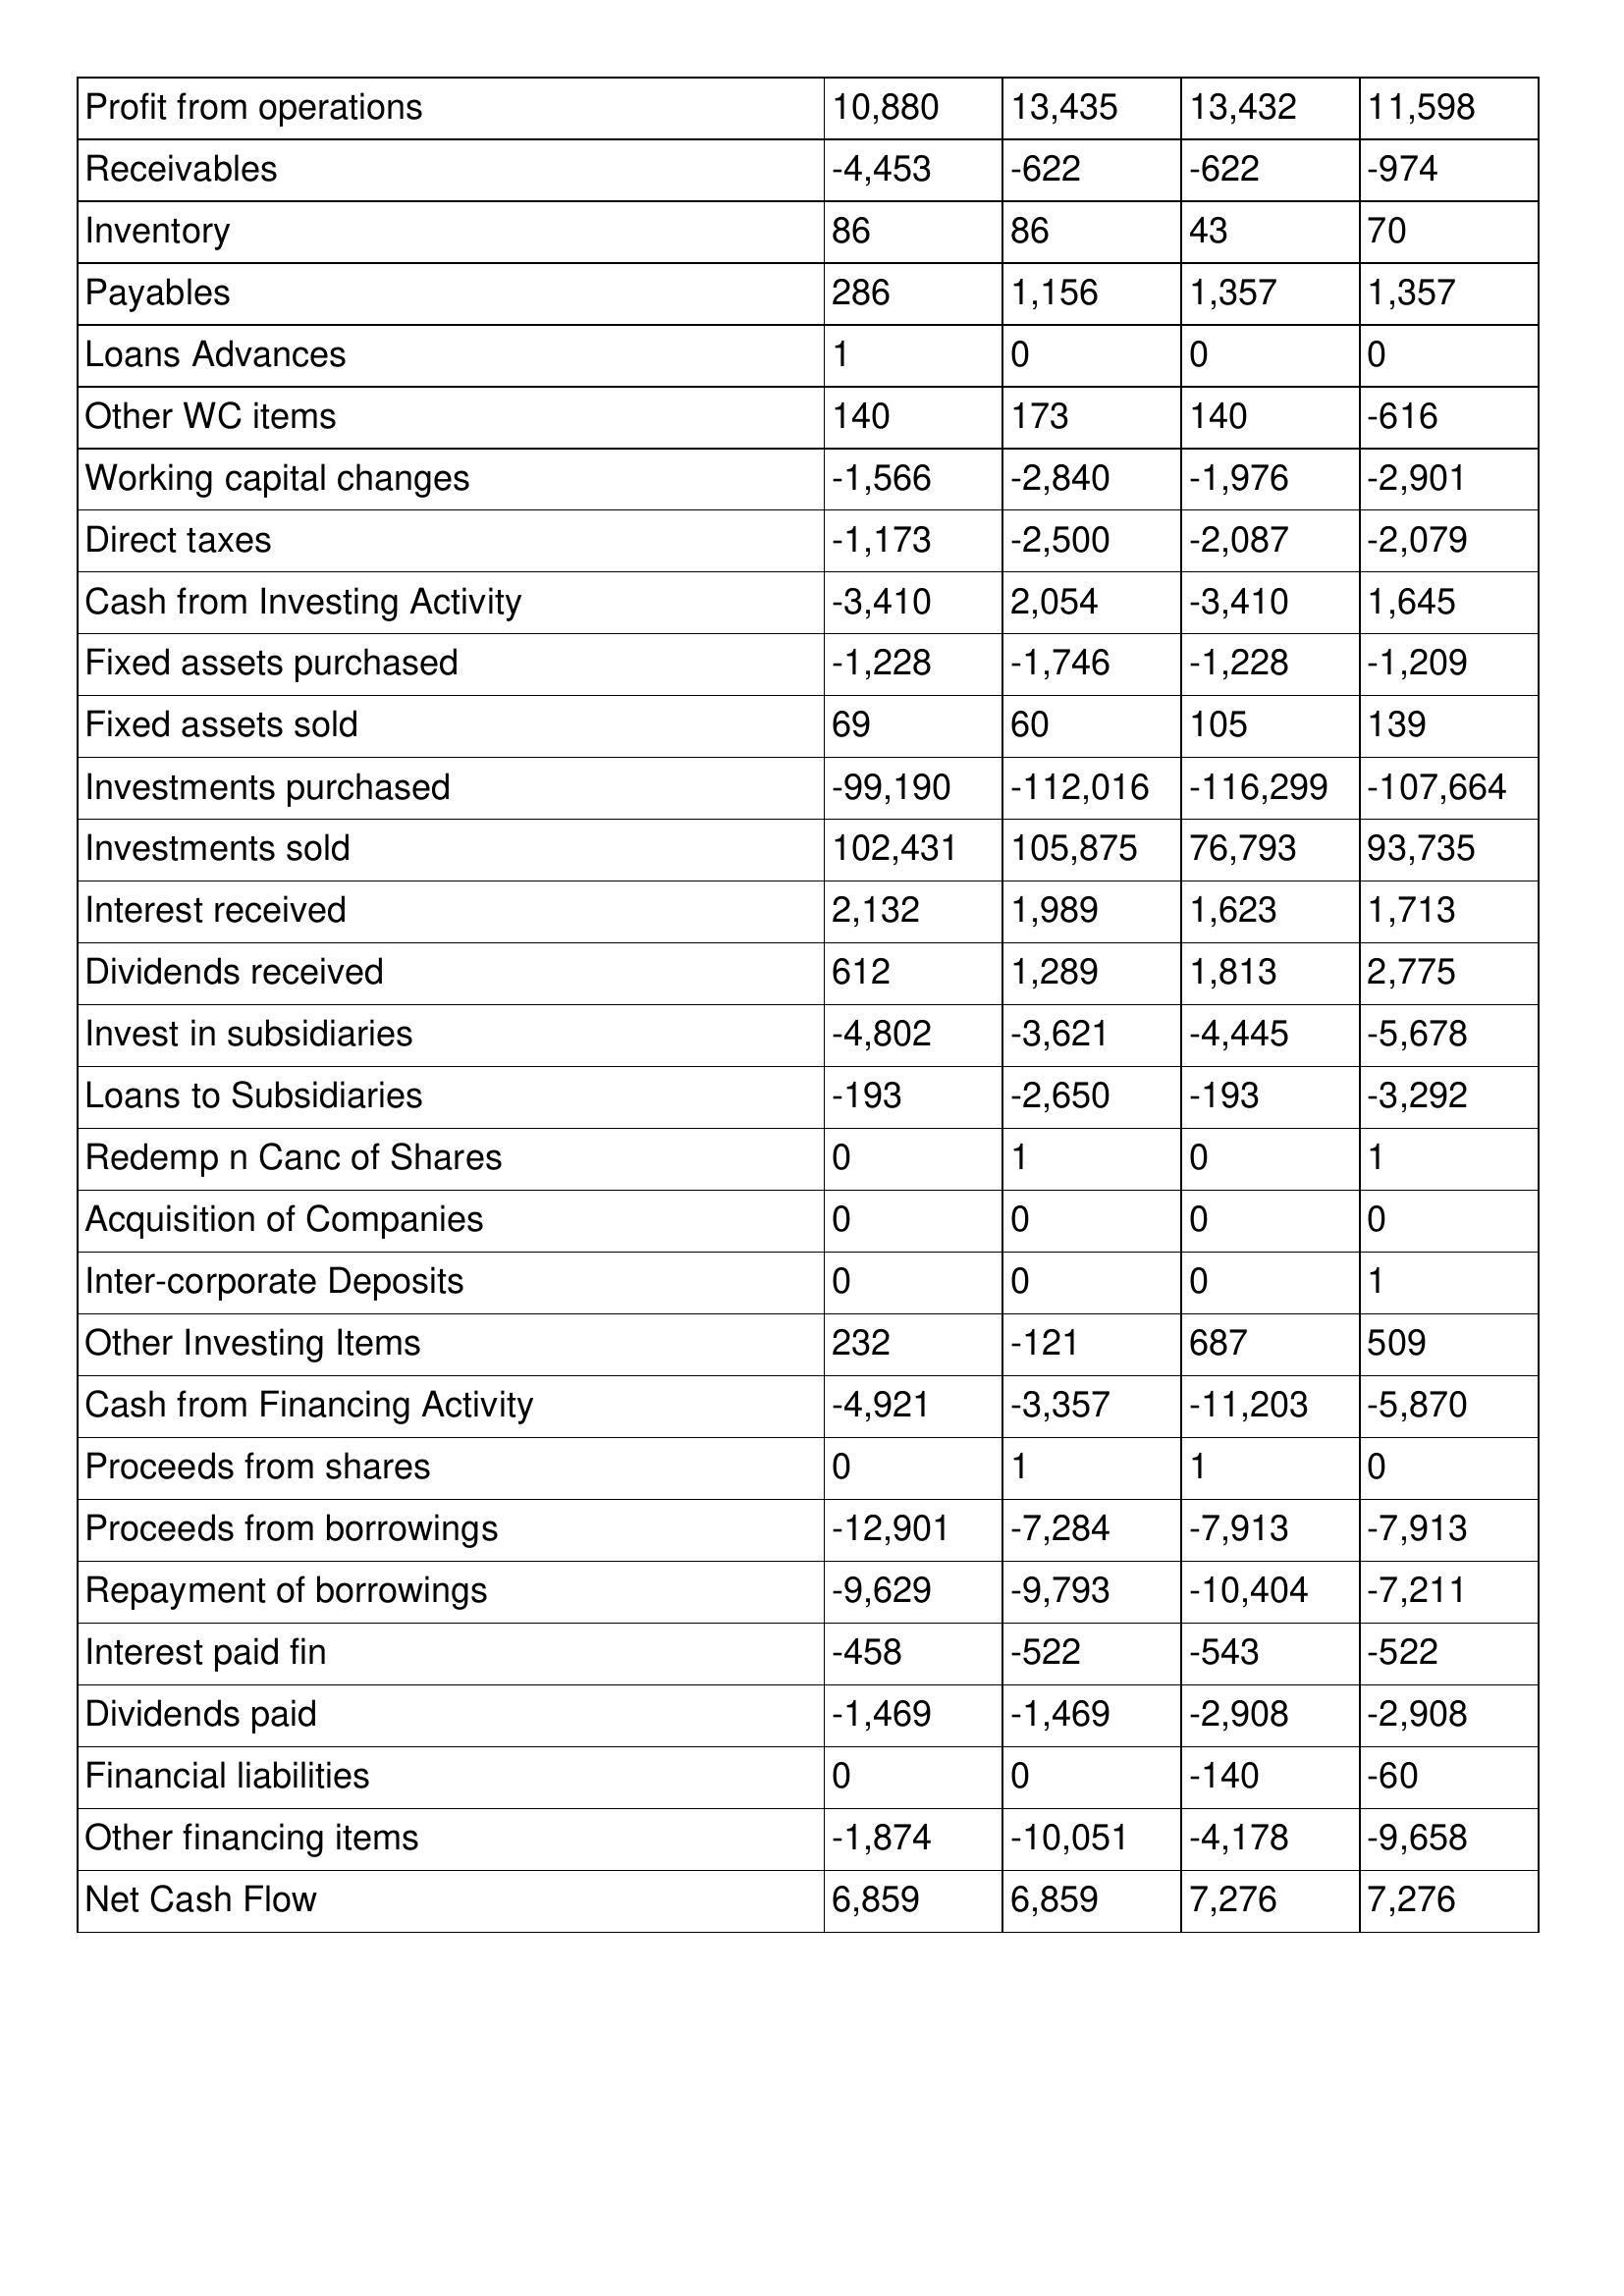
gt_parse: 2001: Cash Flows: Profit from operations: 10,880
Receivables: -4,453
Inventory: 86
Payables: 286
Loans Advances: 1
Other WC items: 140
Working capital changes: -1,566
Direct taxes: -1,173
Cash from Investing Activity: -3,410
Fixed assets purchased: -1,228
Fixed assets sold: 69
Investments purchased: -99,190
Investments sold: 102,431
Interest received: 2,132
Dividends received: 612
Invest in subsidiaries: -4,802
Loans to Subsidiaries: -193
Redemp n Canc of Shares: 0
Acquisition of Companies: 0
Inter-corporate Deposits: 0
Other Investing Items: 232
Cash from Financing Activity: -4,921
Proceeds from shares: 0
Proceeds from borrowings: -12,901
Repayment of borrowings: -9,629
Interest paid fin: -458
Dividends paid: -1,469
Financial liabilities: 0
Other financing items: -1,874
Net Cash Flow: 6,859
2000: Cash Flows: Profit from operations: 13,435
Receivables: -622
Inventory: 86
Payables: 1,156
Loans Advances: 0
Other WC items: 173
Working capital changes: -2,840
Direct taxes: -2,500
Cash from Investing Activity: 2,054
Fixed assets purchased: -1,746
Fixed assets sold: 60
Investments purchased: -112,016
Investments sold: 105,875
Interest received: 1,989
Dividends received: 1,289
Invest in subsidiaries: -3,621
Loans to Subsidiaries: -2,650
Redemp n Canc of Shares: 1
Acquisition of Companies: 0
Inter-corporate Deposits: 0
Other Investing Items: -121
Cash from Financing Activity: -3,357
Proceeds from shares: 1
Proceeds from borrowings: -7,284
Repayment of borrowings: -9,793
Interest paid fin: -522
Dividends paid: -1,469
Financial liabilities: 0
Other financing items: -10,051
Net Cash Flow: 6,859
1999: Cash Flows: Profit from operations: 13,432
Receivables: -622
Inventory: 43
Payables: 1,357
Loans Advances: 0
Other WC items: 140
Working capital changes: -1,976
Direct taxes: -2,087
Cash from Investing Activity: -3,410
Fixed assets purchased: -1,228
Fixed assets sold: 105
Investments purchased: -116,299
Investments sold: 76,793
Interest received: 1,623
Dividends received: 1,813
Invest in subsidiaries: -4,445
Loans to Subsidiaries: -193
Redemp n Canc of Shares: 0
Acquisition of Companies: 0
Inter-corporate Deposits: 0
Other Investing Items: 687
Cash from Financing Activity: -11,203
Proceeds from shares: 1
Proceeds from borrowings: -7,913
Repayment of borrowings: -10,404
Interest paid fin: -543
Dividends paid: -2,908
Financial liabilities: -140
Other financing items: -4,178
Net Cash Flow: 7,276
1998: Cash Flows: Profit from operations: 11,598
Receivables: -974
Inventory: 70
Payables: 1,357
Loans Advances: 0
Other WC items: -616
Working capital changes: -2,901
Direct taxes: -2,079
Cash from Investing Activity: 1,645
Fixed assets purchased: -1,209
Fixed assets sold: 139
Investments purchased: -107,664
Investments sold: 93,735
Interest received: 1,713
Dividends received: 2,775
Invest in subsidiaries: -5,678
Loans to Subsidiaries: -3,292
Redemp n Canc of Shares: 1
Acquisition of Companies: 0
Inter-corporate Deposits: 1
Other Investing Items: 509
Cash from Financing Activity: -5,870
Proceeds from shares: 0
Proceeds from borrowings: -7,913
Repayment of borrowings: -7,211
Interest paid fin: -522
Dividends paid: -2,908
Financial liabilities: -60
Other financing items: -9,658
Net Cash Flow: 7,276